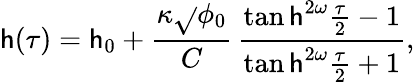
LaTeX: \mathsf{h}(\tau)=\mathsf{h}_{0}+\frac{{\kappa\sqrt{}{{\phi_{0}}}}}{{C}}\, \frac{{\operatorname{tan\mathsf{h}}^{2\omega}\frac{{\tau}}{2}-1}}{{\operatorname{tan\mathsf{h}}^{2\omega}\frac{{\tau}}{2}+1}},